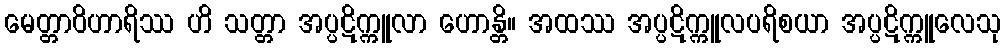
မေတ္တာဝိဟာရိဿ ဟိ သတ္တာ အပ္ပဋိက္ကူလာ ဟောန္တိ။ အထဿ အပ္ပဋိက္ကူလပရိစယာ အပ္ပဋိက္ကူလေသု